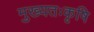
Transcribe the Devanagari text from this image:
मुख्यतःकृषि